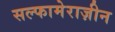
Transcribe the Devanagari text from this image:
सल्फामेराज़ीन